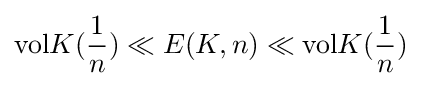
\mathrm {vol} K({\frac {1}{n}})\ll E(K,n)\ll \mathrm {vol} K({\frac {1}{n}})